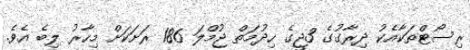
ރިސޯޓްތަކާއެކު ދިރާގުގެ 3ޖީގެ ހިދުމަތް ޖުމްލަ 186 ރަށަކަށް މިހާރު ލިބެ އެވެ.